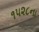
૧૫૨૮ના